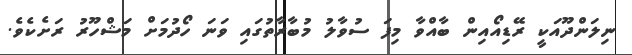
ނިލަންދޫއަކީ ރޭޑިއޯއިން ބާއްވާ މިފަ ސުވާލު މުބާރާތުގައި ވަނަ ހޯދުމަށް މަޝްހޫރު ރަށެކެވެ.